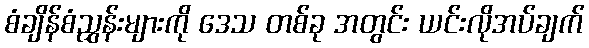
စံချိန်စံညွှန်းများကို ဒေသ တစ်ခု အတွင်း ယင်းလိုအပ်ချက်